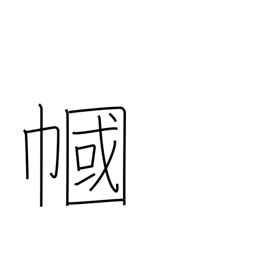
Meaning: veil